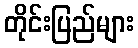
တိုင်းပြည်များ